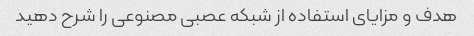
هدف و مزایای استفاده از شبکه عصبی مصنوعی را شرح دهید